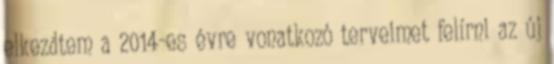
elkezdtem a 2014-es évre vonatkozó terveimet felírni az új